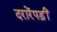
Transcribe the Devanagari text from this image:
दरारेंपड़ीं